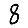
Digit: 8